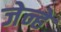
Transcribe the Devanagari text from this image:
जेन्हे